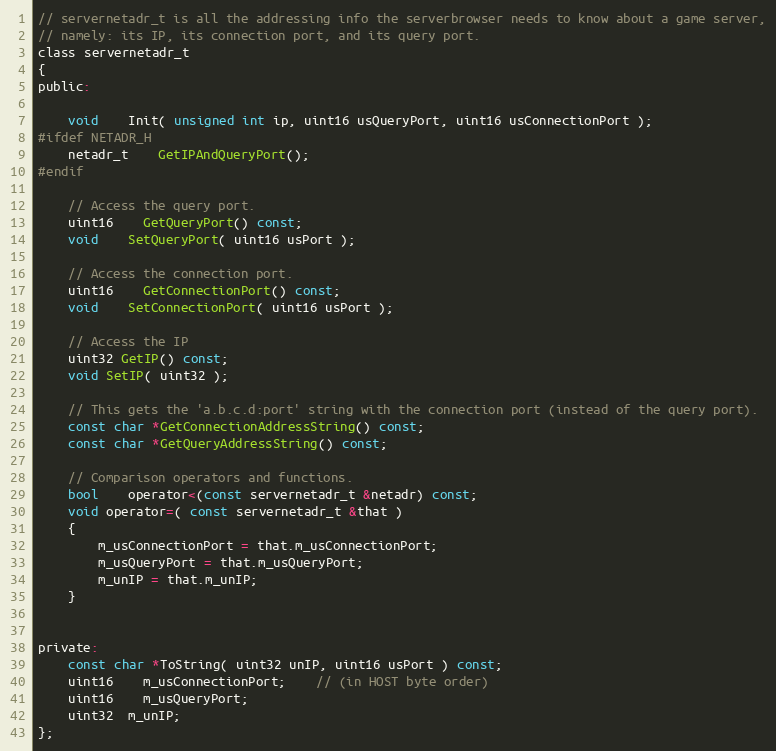
Language: C
// servernetadr_t is all the addressing info the serverbrowser needs to know about a game server,
// namely: its IP, its connection port, and its query port.
class servernetadr_t
{
public:

	void	Init( unsigned int ip, uint16 usQueryPort, uint16 usConnectionPort );
#ifdef NETADR_H
	netadr_t	GetIPAndQueryPort();
#endif

	// Access the query port.
	uint16	GetQueryPort() const;
	void	SetQueryPort( uint16 usPort );

	// Access the connection port.
	uint16	GetConnectionPort() const;
	void	SetConnectionPort( uint16 usPort );

	// Access the IP
	uint32 GetIP() const;
	void SetIP( uint32 );

	// This gets the 'a.b.c.d:port' string with the connection port (instead of the query port).
	const char *GetConnectionAddressString() const;
	const char *GetQueryAddressString() const;

	// Comparison operators and functions.
	bool	operator<(const servernetadr_t &netadr) const;
	void operator=( const servernetadr_t &that )
	{
		m_usConnectionPort = that.m_usConnectionPort;
		m_usQueryPort = that.m_usQueryPort;
		m_unIP = that.m_unIP;
	}

private:
	const char *ToString( uint32 unIP, uint16 usPort ) const;
	uint16	m_usConnectionPort;	// (in HOST byte order)
	uint16	m_usQueryPort;
	uint32  m_unIP;
};